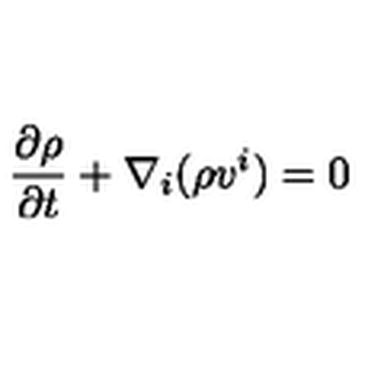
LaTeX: \frac { \partial \rho } { \partial t } + \nabla _ { i } ( \rho v ^ { i } ) = 0